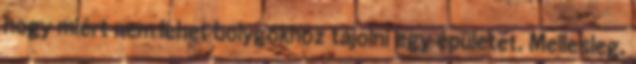
hogy miért nem lehet bolygókhoz tájolni egy épületet. Mellesleg,